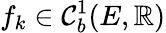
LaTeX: f_{k}\in\mathcal{C}_{b}^{1}(E,\mathbb{R})